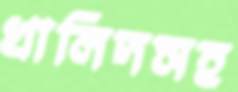
খালিদসহ